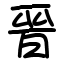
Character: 晉